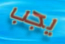
يجب